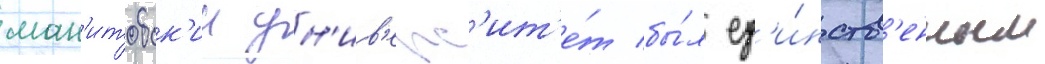
ман'итобск'ии ун'ив'ерс'ит'е́т бы́л ед'и́нств'енным